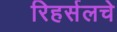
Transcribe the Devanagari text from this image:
रिहर्सलचे